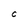
Character: C